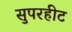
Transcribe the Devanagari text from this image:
सुपरहीट